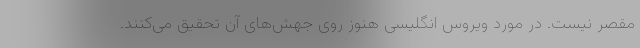
مقصر نیست. در مورد ویروس انگلیسی هنوز روی جهش‌های آن تحقیق می‌کنند.